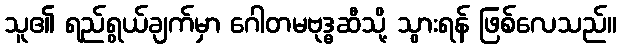
သူ၏ ရည်ရွယ်ချက်မှာ ဂေါတမဗုဒ္ဓဆီသို့ သွားရန် ဖြစ်လေသည်။